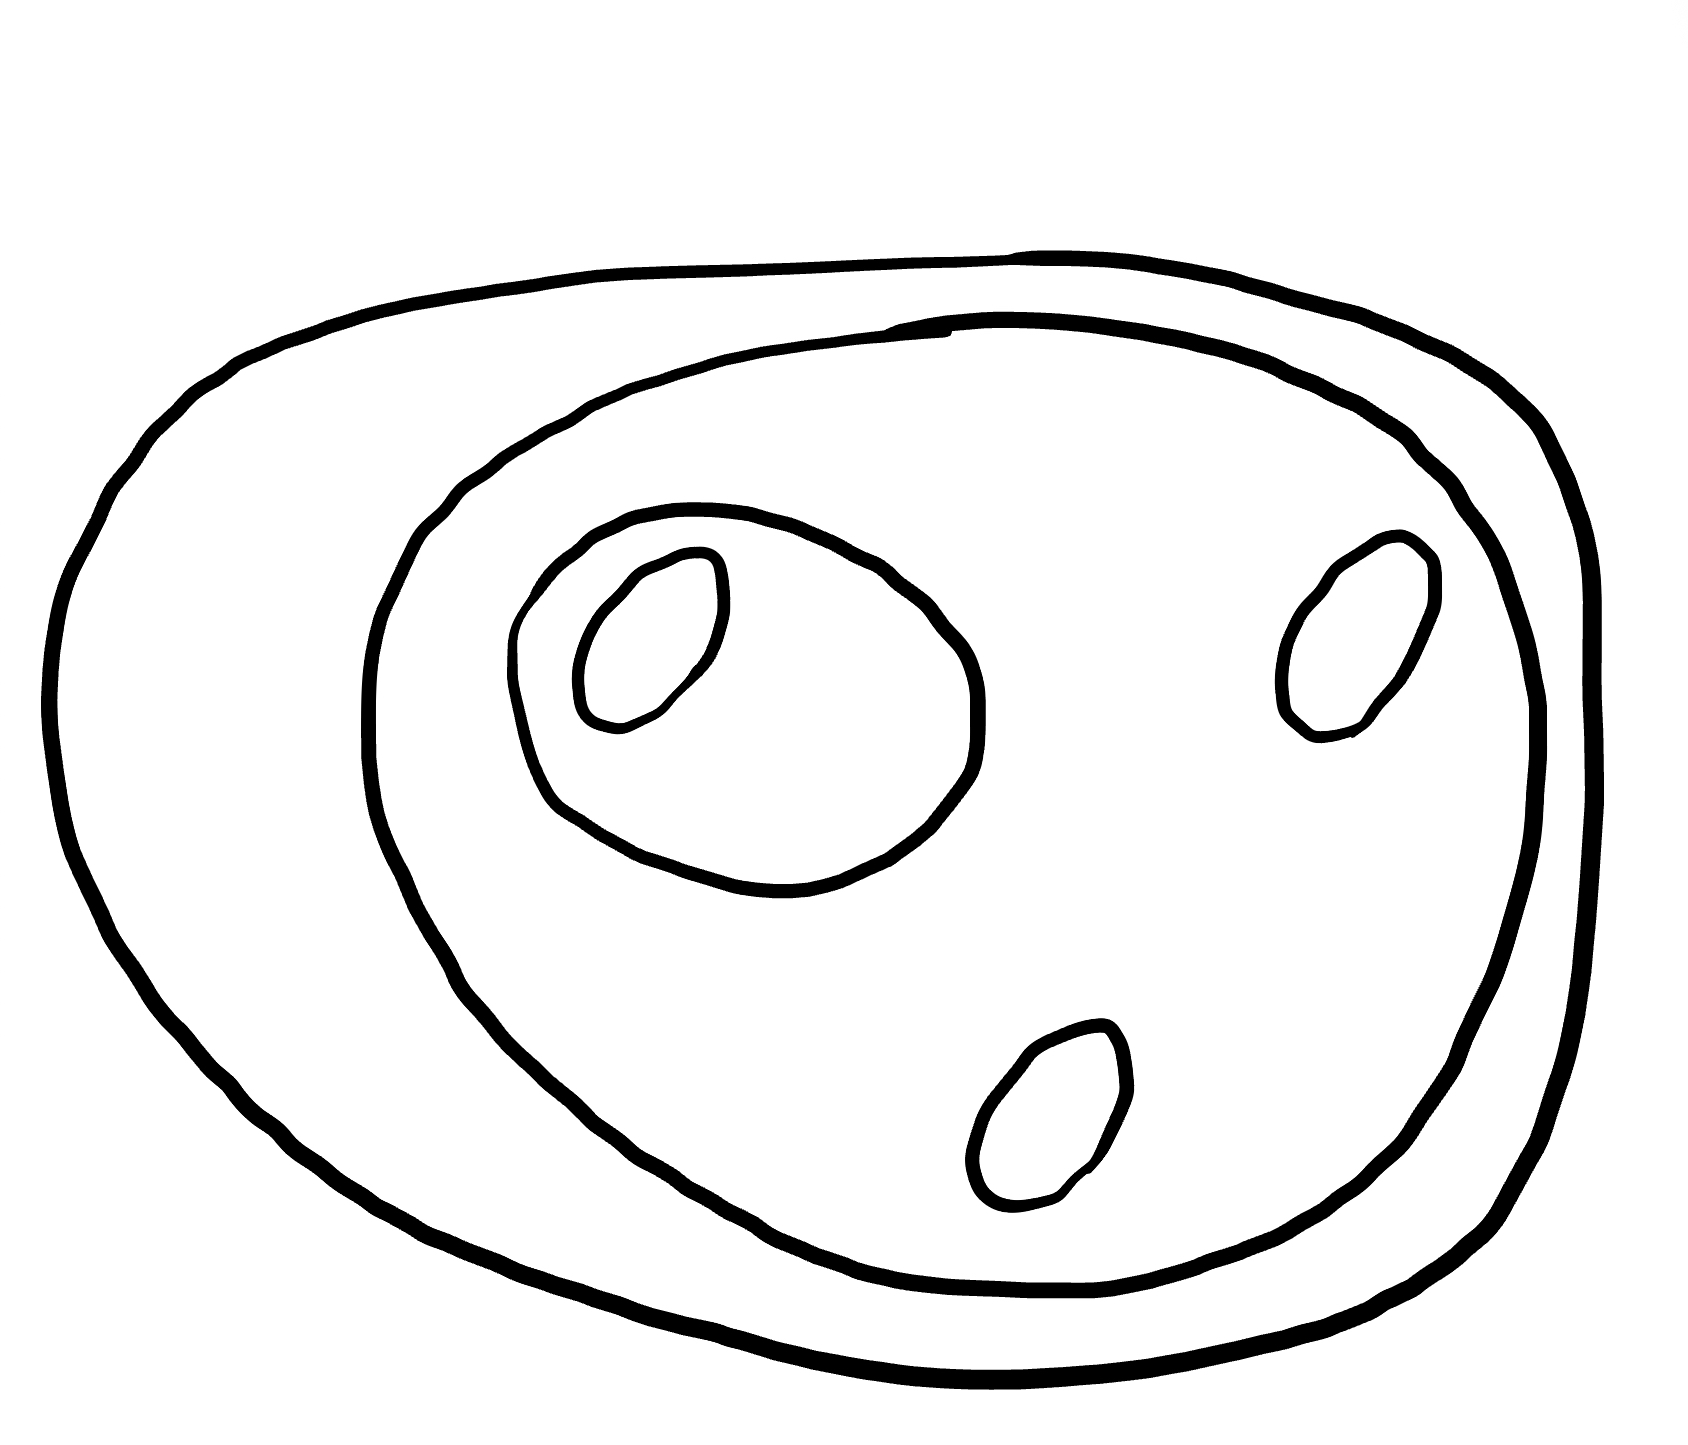
Number of regions (including the outer root region): 7
Containment tree edges (parent, child): 0, 1, 1, 2, 2, 3, 2, 4, 2, 5, 5, 6